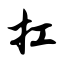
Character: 扛